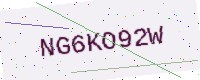
Text: NG6KO92W